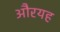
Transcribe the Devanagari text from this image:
औरयह